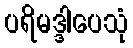
ပရိမဒ္ဒါပေသုံ